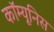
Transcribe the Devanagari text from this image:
कॉम्यूनिस